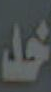
خد